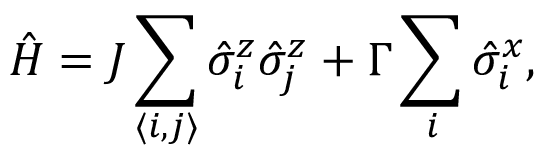
\hat { H } = J \sum _ { \langle i , j \rangle } \hat { \sigma } _ { i } ^ { z } \hat { \sigma } _ { j } ^ { z } + \Gamma \sum _ { i } \hat { \sigma } _ { i } ^ { x } ,